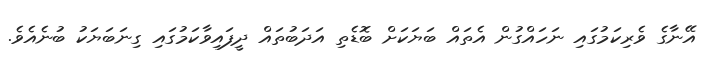
އޭނާގެ ވެރިކަމުގައި ނަހައްގުން އެތައް ބަޔަކަށް ބޮޑެތި އަދަބުތައް ދީފައިވާކަމުގައި ގިނަބަޔަކު ބުނެއެވެ.